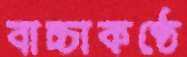
বাচ্চাকণ্ঠে